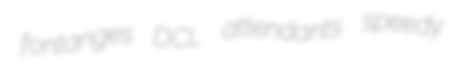
fontanges DCL attendants speedy